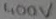
Text: 400V